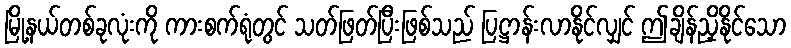
မြို့နယ်တစ်ခုလုံးကို ကားစက်ရုံတွင် သတ်ဖြတ်ပြီးဖြစ်သည် ပြဋ္ဌာန်းလာနိုင်လျှင် ဤချိန်ညှိနိုင်သော